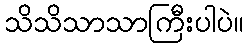
သိသိသာသာကြီးပါပဲ။